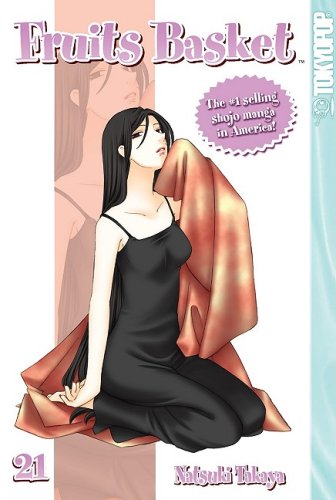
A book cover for Fruits Basket, Vol. 21; Natsuki Takaya; Comics & Graphic Novels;